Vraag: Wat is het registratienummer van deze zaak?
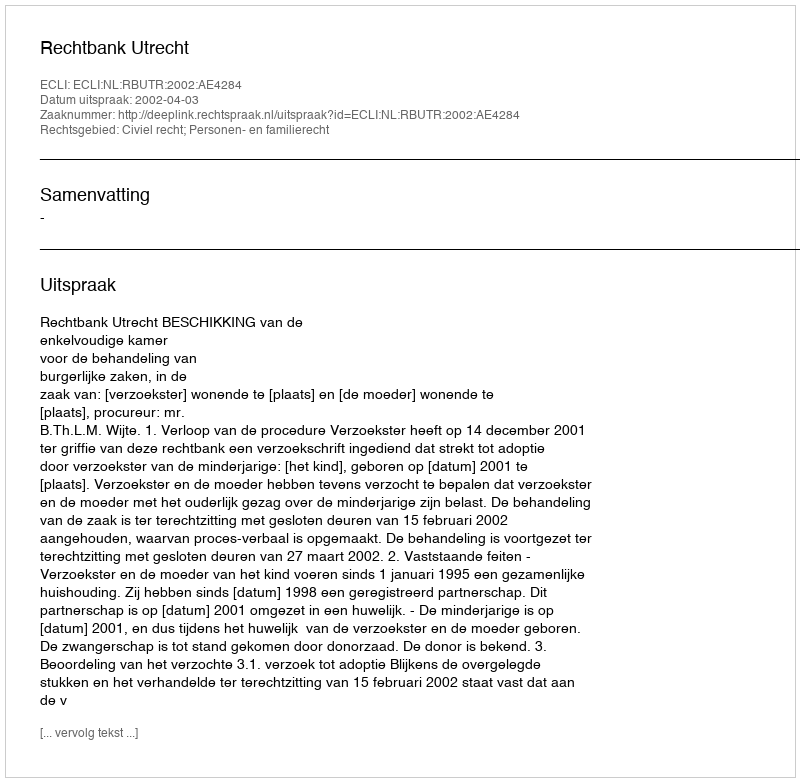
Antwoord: http://deeplink.rechtspraak.nl/uitspraak?id=ECLI:NL:RBUTR:2002:AE4284